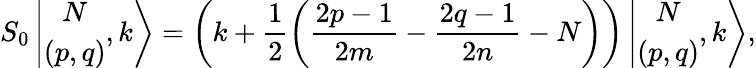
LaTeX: S_{0}\left\vert\begin{array}{c}{{N}}\\ {{(p,q)}}\end{array},k\right>=\left(k+\displaystyle\frac{1}{2}\left(\frac{2p-1}{2m}-\frac{2q-1}{2n}-N\right)\right)\left\vert\begin{array}{c}{{N}}\\ {{(p,q)}}\end{array},k\right>,